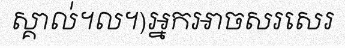
ស្គាល់។ល។)អ្នកអាចសរសេរ